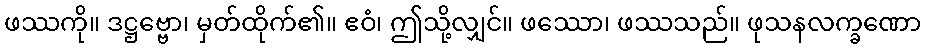
ဖဿကို။ ဒဋ္ဌဗ္ဗော၊ မှတ်ထိုက်၏။ ဧဝံ၊ ဤသို့လျှင်။ ဖဿော၊ ဖဿသည်။ ဖုသနလက္ခဏော